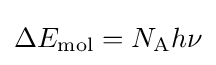
\Delta E_{\text{mol}}=N_{\text{A}}h\nu